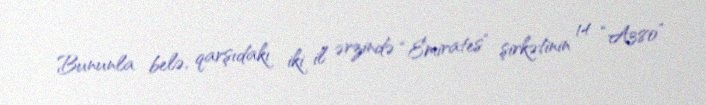
Bununla belə, qarşıdakı iki il ərzində “Emirates” şirkətinin 14 “A380”